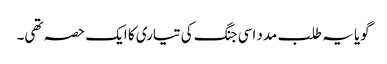
گویا یہ طلب مدد اسی جنگ کی تیاری کا ایک حصہ تھی۔